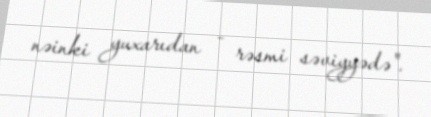
nəinki yuxarıdan - rəsmi səviyyədə".